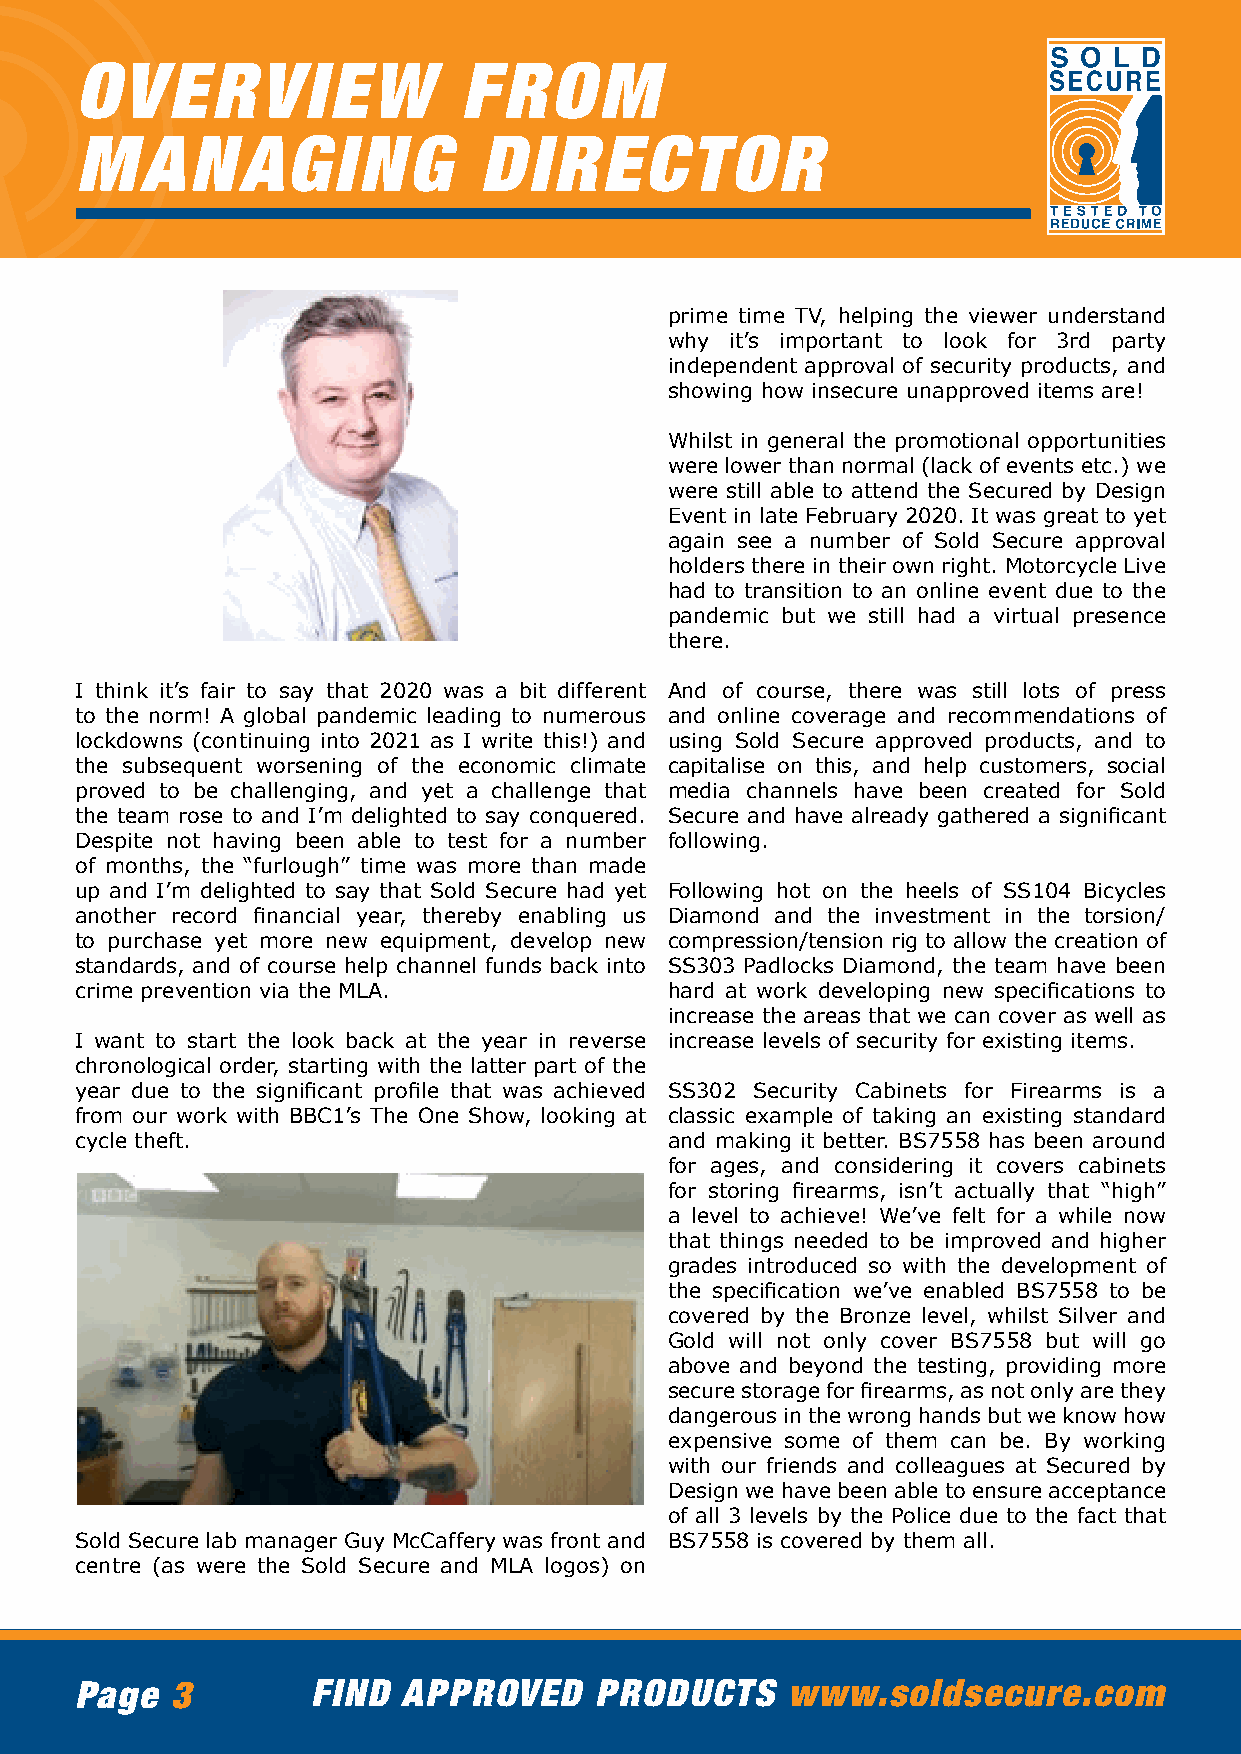
OVERVIEW                 FROM
 MANAGING                   DIRECTOR
 prime time TV, helping the viewer understand
 why it’s important to look for 3rd party
 independent approval of security products, and
 showing how insecure unapproved items are!
 Whilst in general the promotional opportunities
 were lower than normal (lack of events etc.) we
 were still able to attend the Secured by Design
 Event in late February 2020. It was great to yet
 again see a number of Sold Secure approval
 holders there in their own right. Motorcycle Live
 had to transition to an online event due to the
 pandemic but we still had a virtual presence
 there.
 I think it’s fair to say that 2020 was a bit different And of course, there was still lots of press
 to the norm! A global pandemic leading to numerous and online coverage and recommendations of
 lockdowns (continuing into 2021 as I write this!) and using Sold Secure approved products, and to
 the subsequent worsening of the economic climate capitalise on this, and help customers, social
 proved to be challenging, and yet a challenge that media channels have been created for Sold
 the team rose to and I’m delighted to say conquered. Secure and have already gathered a significant
 Despite not having been able to test for a number following.
 of months, the “furlough” time was more than made
 up and I’m delighted to say that Sold Secure had yet Following hot on the heels of SS104 Bicycles
 another record financial year, thereby enabling us Diamond and the investment in the torsion/
 to purchase yet more new equipment, develop new compression/tension rig to allow the creation of
 standards, and of course help channel funds back into SS303 Padlocks Diamond, the team have been
 crime prevention via the MLA.          hard at work developing new specifications to
 increase the areas that we can cover as well as
 I want to start the look back at the year in reverse increase levels of security for existing items.
 chronological order, starting with the latter part of the
 year due to the significant profile that was achieved SS302 Security Cabinets for Firearms is a
 from our work with BBC1’s The One Show, looking at classic example of taking an existing standard
 cycle theft.                           and making it better. BS7558 has been around
 for ages, and considering it covers cabinets
 for storing firearms, isn’t actually that “high”
 a level to achieve! We’ve felt for a while now
 that things needed to be improved and higher
 grades introduced so with the development of
 the specification we’ve enabled BS7558 to be
 covered by the Bronze level, whilst Silver and
 Gold will not only cover BS7558 but will go
 above and beyond the testing, providing more
 secure storage for firearms, as not only are they
 dangerous in the wrong hands but we know how
 expensive some of them can be. By working
 with our friends and colleagues at Secured by
 Design we have been able to ensure acceptance
 of all 3 levels by the Police due to the fact that
 Sold Secure lab manager Guy McCaffery was front and BS7558 is covered by them all.
 centre (as were the Sold Secure and MLA logos) on
 Page  3         FIND  APPROVED    PRODUCTS     www.soldsecure.com